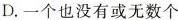
D.一个也没有或无数个